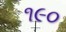
૧૯૦